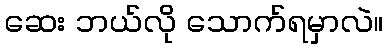
ဆေး ဘယ်လို သောက်ရမှာလဲ။